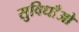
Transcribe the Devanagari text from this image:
सुविधाँओ